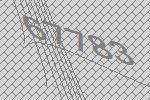
67783